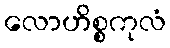
လောဟိစ္စကုလံ